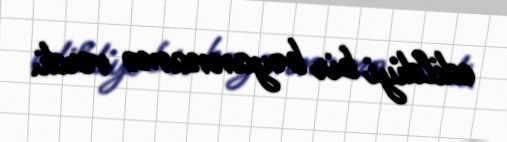
edildiyi bir bəyannamə verdi.